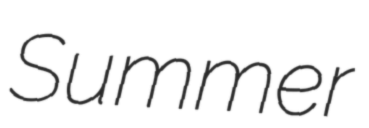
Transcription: Summer